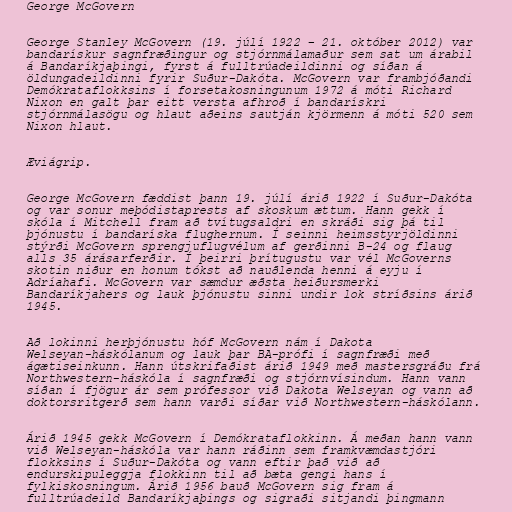
George McGovern

George Stanley McGovern (19. júlí 1922 – 21. október 2012) var
bandarískur sagnfræðingur og stjórnmálamaður sem sat um árabil
á Bandaríkjaþingi, fyrst á fulltrúadeildinni og síðan á
öldungadeildinni fyrir Suður-Dakóta. McGovern var frambjóðandi
Demókrataflokksins í forsetakosningunum 1972 á móti Richard
Nixon en galt þar eitt versta afhroð í bandarískri
stjórnmálasögu og hlaut aðeins sautján kjörmenn á móti 520 sem
Nixon hlaut.

Æviágrip.

George McGovern fæddist þann 19. júlí árið 1922 í Suður-Dakóta
og var sonur meþódistaprests af skoskum ættum. Hann gekk í
skóla í Mitchell fram að tvítugsaldri en skráði sig þá til
þjónustu í bandaríska flughernum. Í seinni heimsstyrjöldinni
stýrði McGovern sprengjuflugvélum af gerðinni B-24 og flaug
alls 35 árásarferðir. Í þeirri þrítugustu var vél McGoverns
skotin niður en honum tókst að nauðlenda henni á eyju í
Adríahafi. McGovern var sæmdur æðsta heiðursmerki
Bandaríkjahers og lauk þjónustu sinni undir lok stríðsins árið
1945.

Að lokinni herþjónustu hóf McGovern nám í Dakota
Welseyan-háskólanum og lauk þar BA-prófi í sagnfræði með
ágætiseinkunn. Hann útskrifaðist árið 1949 með mastersgráðu frá
Northwestern-háskóla í sagnfræði og stjórnvísindum. Hann vann
síðan í fjögur ár sem prófessor við Dakota Welseyan og vann að
doktorsritgerð sem hann varði síðar við Northwestern-háskólann.

Árið 1945 gekk McGovern í Demókrataflokkinn. Á meðan hann vann
við Welseyan-háskóla var hann ráðinn sem framkvæmdastjóri
flokksins í Suður-Dakóta og vann eftir það við að
endurskipuleggja flokkinn til að bæta gengi hans í
fylkiskosningum. Árið 1956 bauð McGovern sig fram á
fulltrúadeild Bandaríkjaþings og sigraði sitjandi þingmann